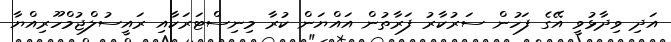
އަދި ވިދާޅުވީ އޭގެ ފަހުން ސަރުކާރު ފަރާތުން އައްޔަން ކުރާ މިނިސްޓަރަކާއި ރައީސުލްޖުމްހޫރިއްޔާ